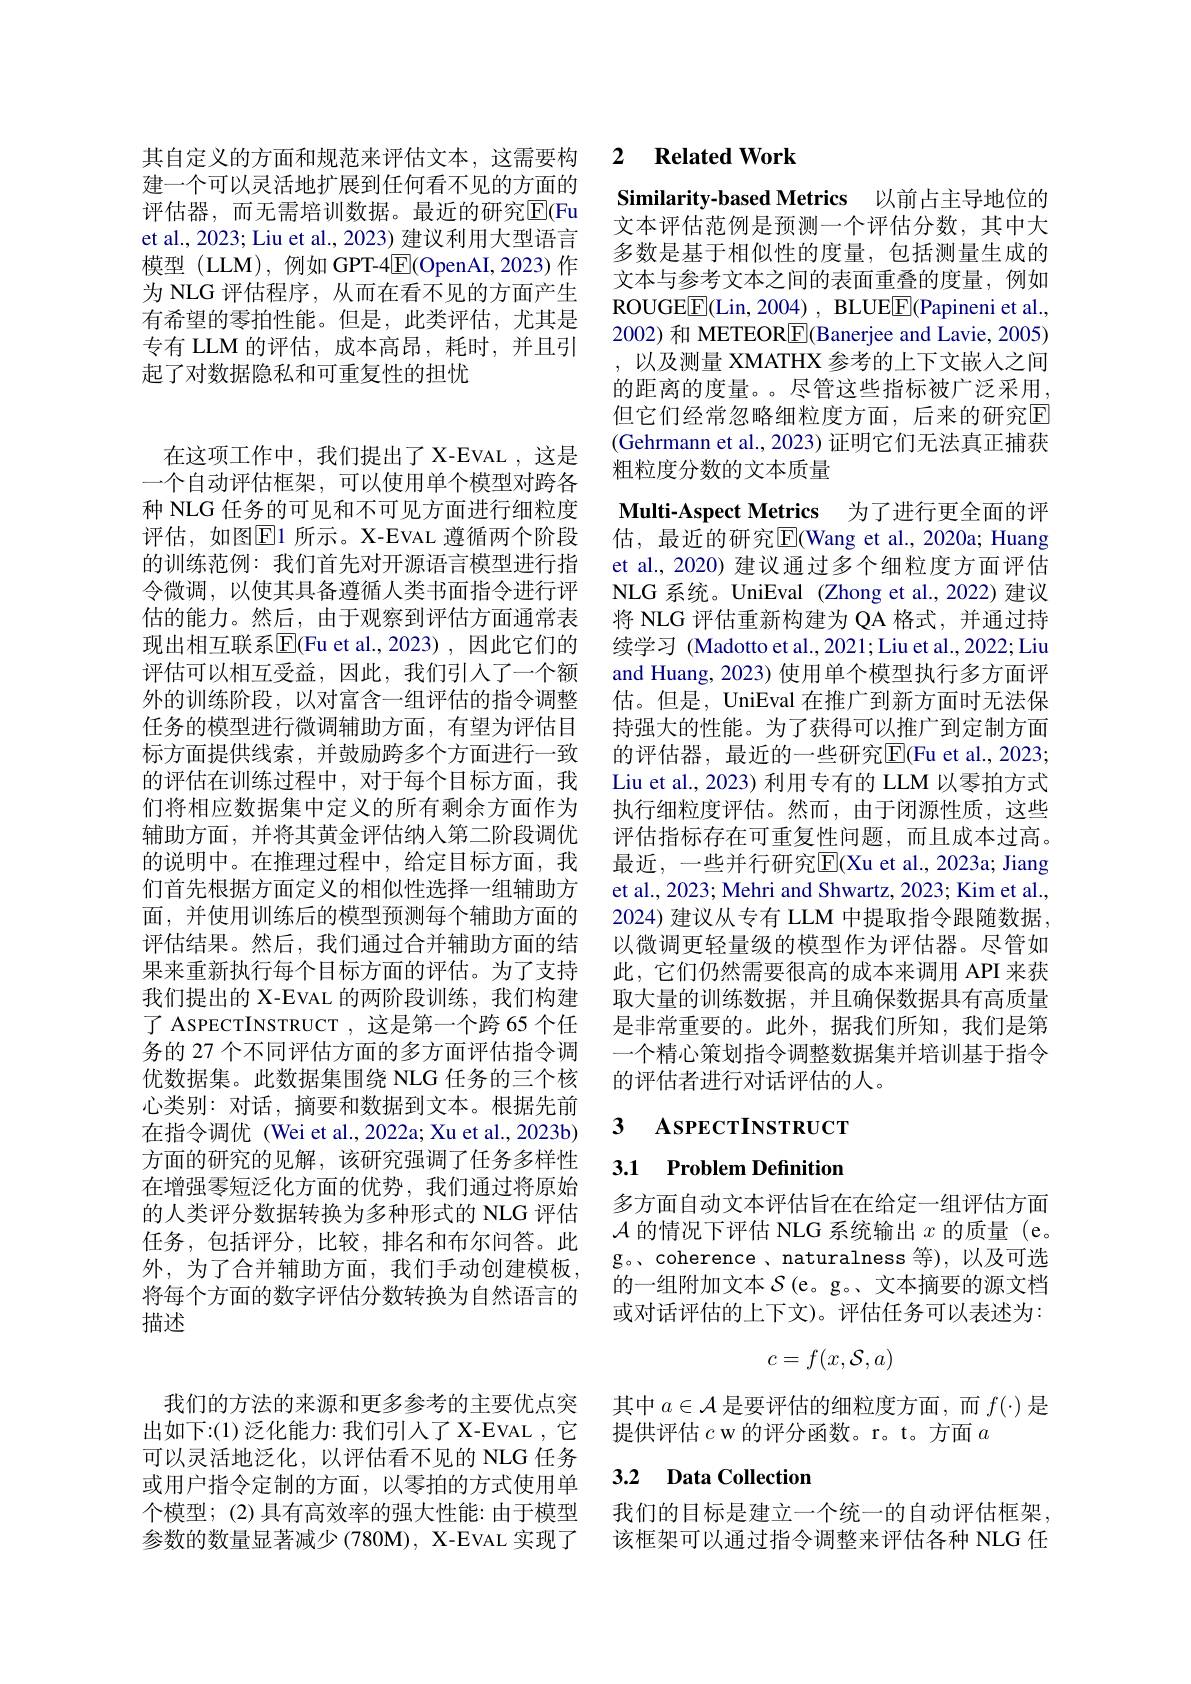
其自定义的方面和规范来评估文本，这需要构建一个可以灵活地扩展到任何看不见的方面的评估器，而无需培训数据。最近的研究$\overline{\mathrm{E}}($Fu et al., 2023; Liu et al., 2023) 建议利用大型语言模型(LLM),例如GPT-4$\overline{\mathrm{E}}($OpenAI,2023)作为 NLG 评估程序，从而在看不见的方面产生有希望的零拍性能。但是，此类评估，尤其是专有 LLM 的评估，成本高昂，耗时，并且引起了对数据隐私和可重复性的担忧

在这项工作中，我们提出了 X-EVAL ,这是一个自动评估框架，可以使用单个模型对跨各种 NLG 任务的可见和不可见方面进行细粒度评估，如图$\boxed{\mathrm{E}}1$ 所示。X-EVAL 遵循两个阶段的训练范例：我们首先对开源语言模型进行指令微调，以使其具备遵循人类书面指令进行评估的能力。然后，由于观察到评估方面通常表现出相互联系$\overline{\mathrm{E}}($Fu et al.,2023),因此它们的评估可以相互受益，因此，我们引人了一个额外的训练阶段，以对富含一组评估的指令调整任务的模型进行微调辅助方面，有望为评估目标方面提供线索，并鼓励跨多个方面进行一致的评估在训练过程中，对于每个目标方面，我们将相应数据集中定义的所有剩余方面作为辅助方面，并将其黄金评估纳入第二阶段调优的说明中。在推理过程中，给定目标方面，我们首先根据方面定义的相似性选择一组辅助方面，并使用训练后的模型预测每个辅助方面的评估结果。然后，我们通过合并辅助方面的结果来重新执行每个目标方面的评估。为了支持我们提出的 X-EVAL 的两阶段训练，我们构建了 ASPECTINSTRUCT , 这是第一个跨 65 个任务的 27 个不同评估方面的多方面评估指令调优数据集。此数据集围绕 NLG 任务的三个核心类别：对话，摘要和数据到文本。根据先前在指令调优 (Wei et al., 2022a; Xu et al., 2023b) 方面的研究的见解，该研究强调了任务多样性在增强零短泛化方面的优势，我们通过将原始的人类评分数据转换为多种形式的 NLG 评估任务，包括评分，比较，排名和布尔问答。此外，为了合并辅助方面，我们手动创建模板， 将每个方面的数字评估分数转换为自然语言的描述

我们的方法的来源和更多参考的主要优点突出如下：(1)泛化能力：我们引人了 X-EVAL ,它可以灵活地泛化，以评估看不见的 NLG 任务或用户指令定制的方面，以零拍的方式使用单 3.2 Data Collection
个模型；(2) 具有高效率的强大性能：由于模型 我们的目标是建立一个统一的自动评估框架，
参数的数量显著减少(780M), X-EVAL 实现了

### 2 $\textbf{Related Work}$

Similarity-based Metrics 以前占主导地位的

文本评估范例是预测一个评估分数，其中大多数是基于相似性的度量，包括测量生成的文本与参考文本之间的表面重叠的度量，例如ROUGE$\boxed{\mathrm{F}}($Lin,2004), BLUEE(Papineni et al., 2002) 和 METEOR$\boxed{\mathrm{F}}($Banerjee and Lavie, 2005) ,以及测量 XMATHX 参考的上下文嵌人之间的距离的度量。尽管这些指标被广泛采用， 但它们经常忽略细粒度方面，后来的研究$\overline{\mathrm{E}}$ (Gehrmann et al., 2023) 证明它们无法真正捕获粗粒度分数的文本质量

Multi-Aspect Metrics 为了进行更全面的评估，最近的研究$\overline{\mathrm{E}}($Wang et al.,2020a; Huang et al., 2020) 建议通过多个细粒度方面评估NLG 系统。UniEval (Zhong et al.,2022)建议将 NLG 评估重新构建为 QA 格式，并通过持续学习 (Madotto et al., 2021; Liu et al., 2022; Liu and Huang, 2023) 使用单个模型执行多方面评估。但是，UniEval 在推广到新方面时无法保持强大的性能。为了获得可以推广到定制方面的评估器，最近的一些研究$\overline{\mathrm{E}}($Fu et al.,2023; Liu et al., 2023) 利用专有的 LLM 以零拍方式执行细粒度评估。然而，由于闭源性质，这些评估指标存在可重复性问题，而且成本过高。最近，一些并行研究$\overline{\mathbb{E}}($Xu et al., 2023a; Jiang et al., 2023; Mehri and Shwartz, 2023; Kim et al., 2024) 建议从专有 LLM 中提取指令跟随数据， 以微调更轻量级的模型作为评估器。尽管如此，它们仍然需要很高的成本来调用 API 来获取大量的训练数据，并且确保数据具有高质量是非常重要的。此外，据我们所知，我们是第一个精心策划指令调整数据集并培训基于指令的评估者进行对话评估的人。
3 $\mathbf{ASPECTINSTRUCT}$

## 3.1 Problem Definition

多方面自动文本评估旨在在给定一组评估方面$\mathcal{A}$的情况下评估 NLG 系统输出$x$的质量 (e。g。、coherence 、naturalness 等),以及可选的一组附加文本$\mathcal{S}$ (e。g。、文本摘要的源文档或对话评估的上下文)。评估任务可以表述为：
$$c=f(x,\mathcal{S},a)$$
其中$a\in\mathcal{A}$是要评估的细粒度方面，而$f(\cdot)$是
提供评估$c$ w 的评分函数。r。t。方面$a$

该框架可以通过指令调整来评估各种 NLG 任